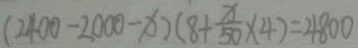
( 2 4 0 0 - 2 0 0 0 - x ) ( 8 + \frac { x } { 5 0 } \times 4 ) = 4 8 0 0